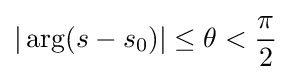
|\arg(s-s_{0})|\leq \theta <{\frac {\pi }{2}}